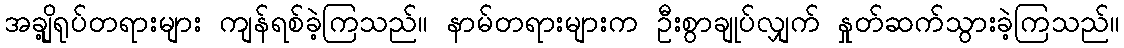
အချို့ရုပ်တရားများ ကျန်ရစ်ခဲ့ကြသည်။ နာမ်တရားများက ဦးစွာချုပ်လျှက် နှုတ်ဆက်သွားခဲ့ကြသည်။